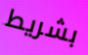
بشريط